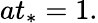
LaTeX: at_{*}=1.